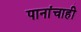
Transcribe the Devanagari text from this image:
पानांचाही